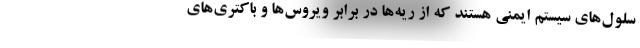
سلول‌های سیستم ایمنی هستند که از ریه‌ها در برابر ویروس‌ها و باکتری‌های